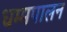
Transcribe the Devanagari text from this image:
धम्मपालन